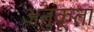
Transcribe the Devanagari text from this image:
अनुकूता